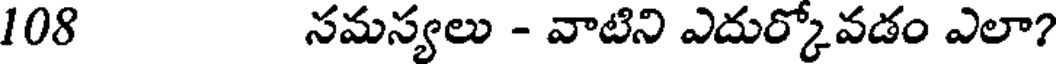
108 సమస్యలు - వాటిని ఎదుర్కోవడం ఎలా?